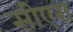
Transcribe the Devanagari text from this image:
सीएरा